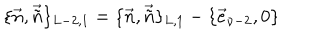
\{ \vec { n } , \vec { \tilde { n } } \} _ { L - 2 , 1 } = \{ \vec { n } , \vec { \tilde { n } } \} _ { L , 1 } - \{ \vec { e } _ { \nu - 2 } , 0 \}